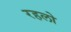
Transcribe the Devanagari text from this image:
रहलो